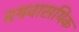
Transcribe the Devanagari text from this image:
वयवासयिक